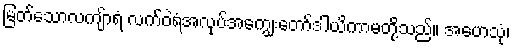
မြတ်သောလကျ်ာရံ လက်ဝဲရံအလုပ်အကျွေးတော်ဒါယိကာမတို့သည်။ အဟေသုံ၊